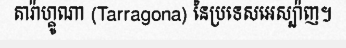
តារ៉ាហ្គូណា (Tarragona) នៃប្រទេសអេស្ប៉ាញ។